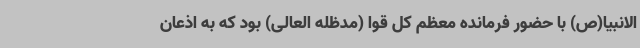
الانبیا(ص) با حضور فرمانده معظم کل قوا (مدظله العالی) بود که به اذعان